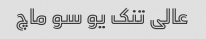
عالی تنک یو سو ماچ